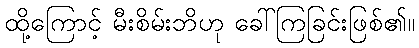
ထို့ကြောင့် မီးစိမ်းဘိဟု ခေါ်ကြခြင်းဖြစ်၏။